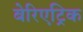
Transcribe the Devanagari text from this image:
बेरिएट्रिक